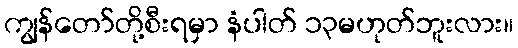
ကျွန်တော်တို့စီးရမှာ နံပါတ် ၁၃မဟုတ်ဘူးလား။